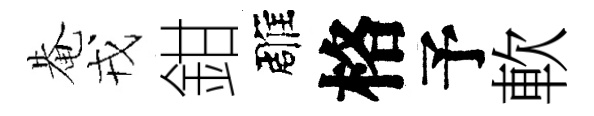
𤲅戎鉗雕格予軟